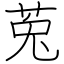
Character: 莵